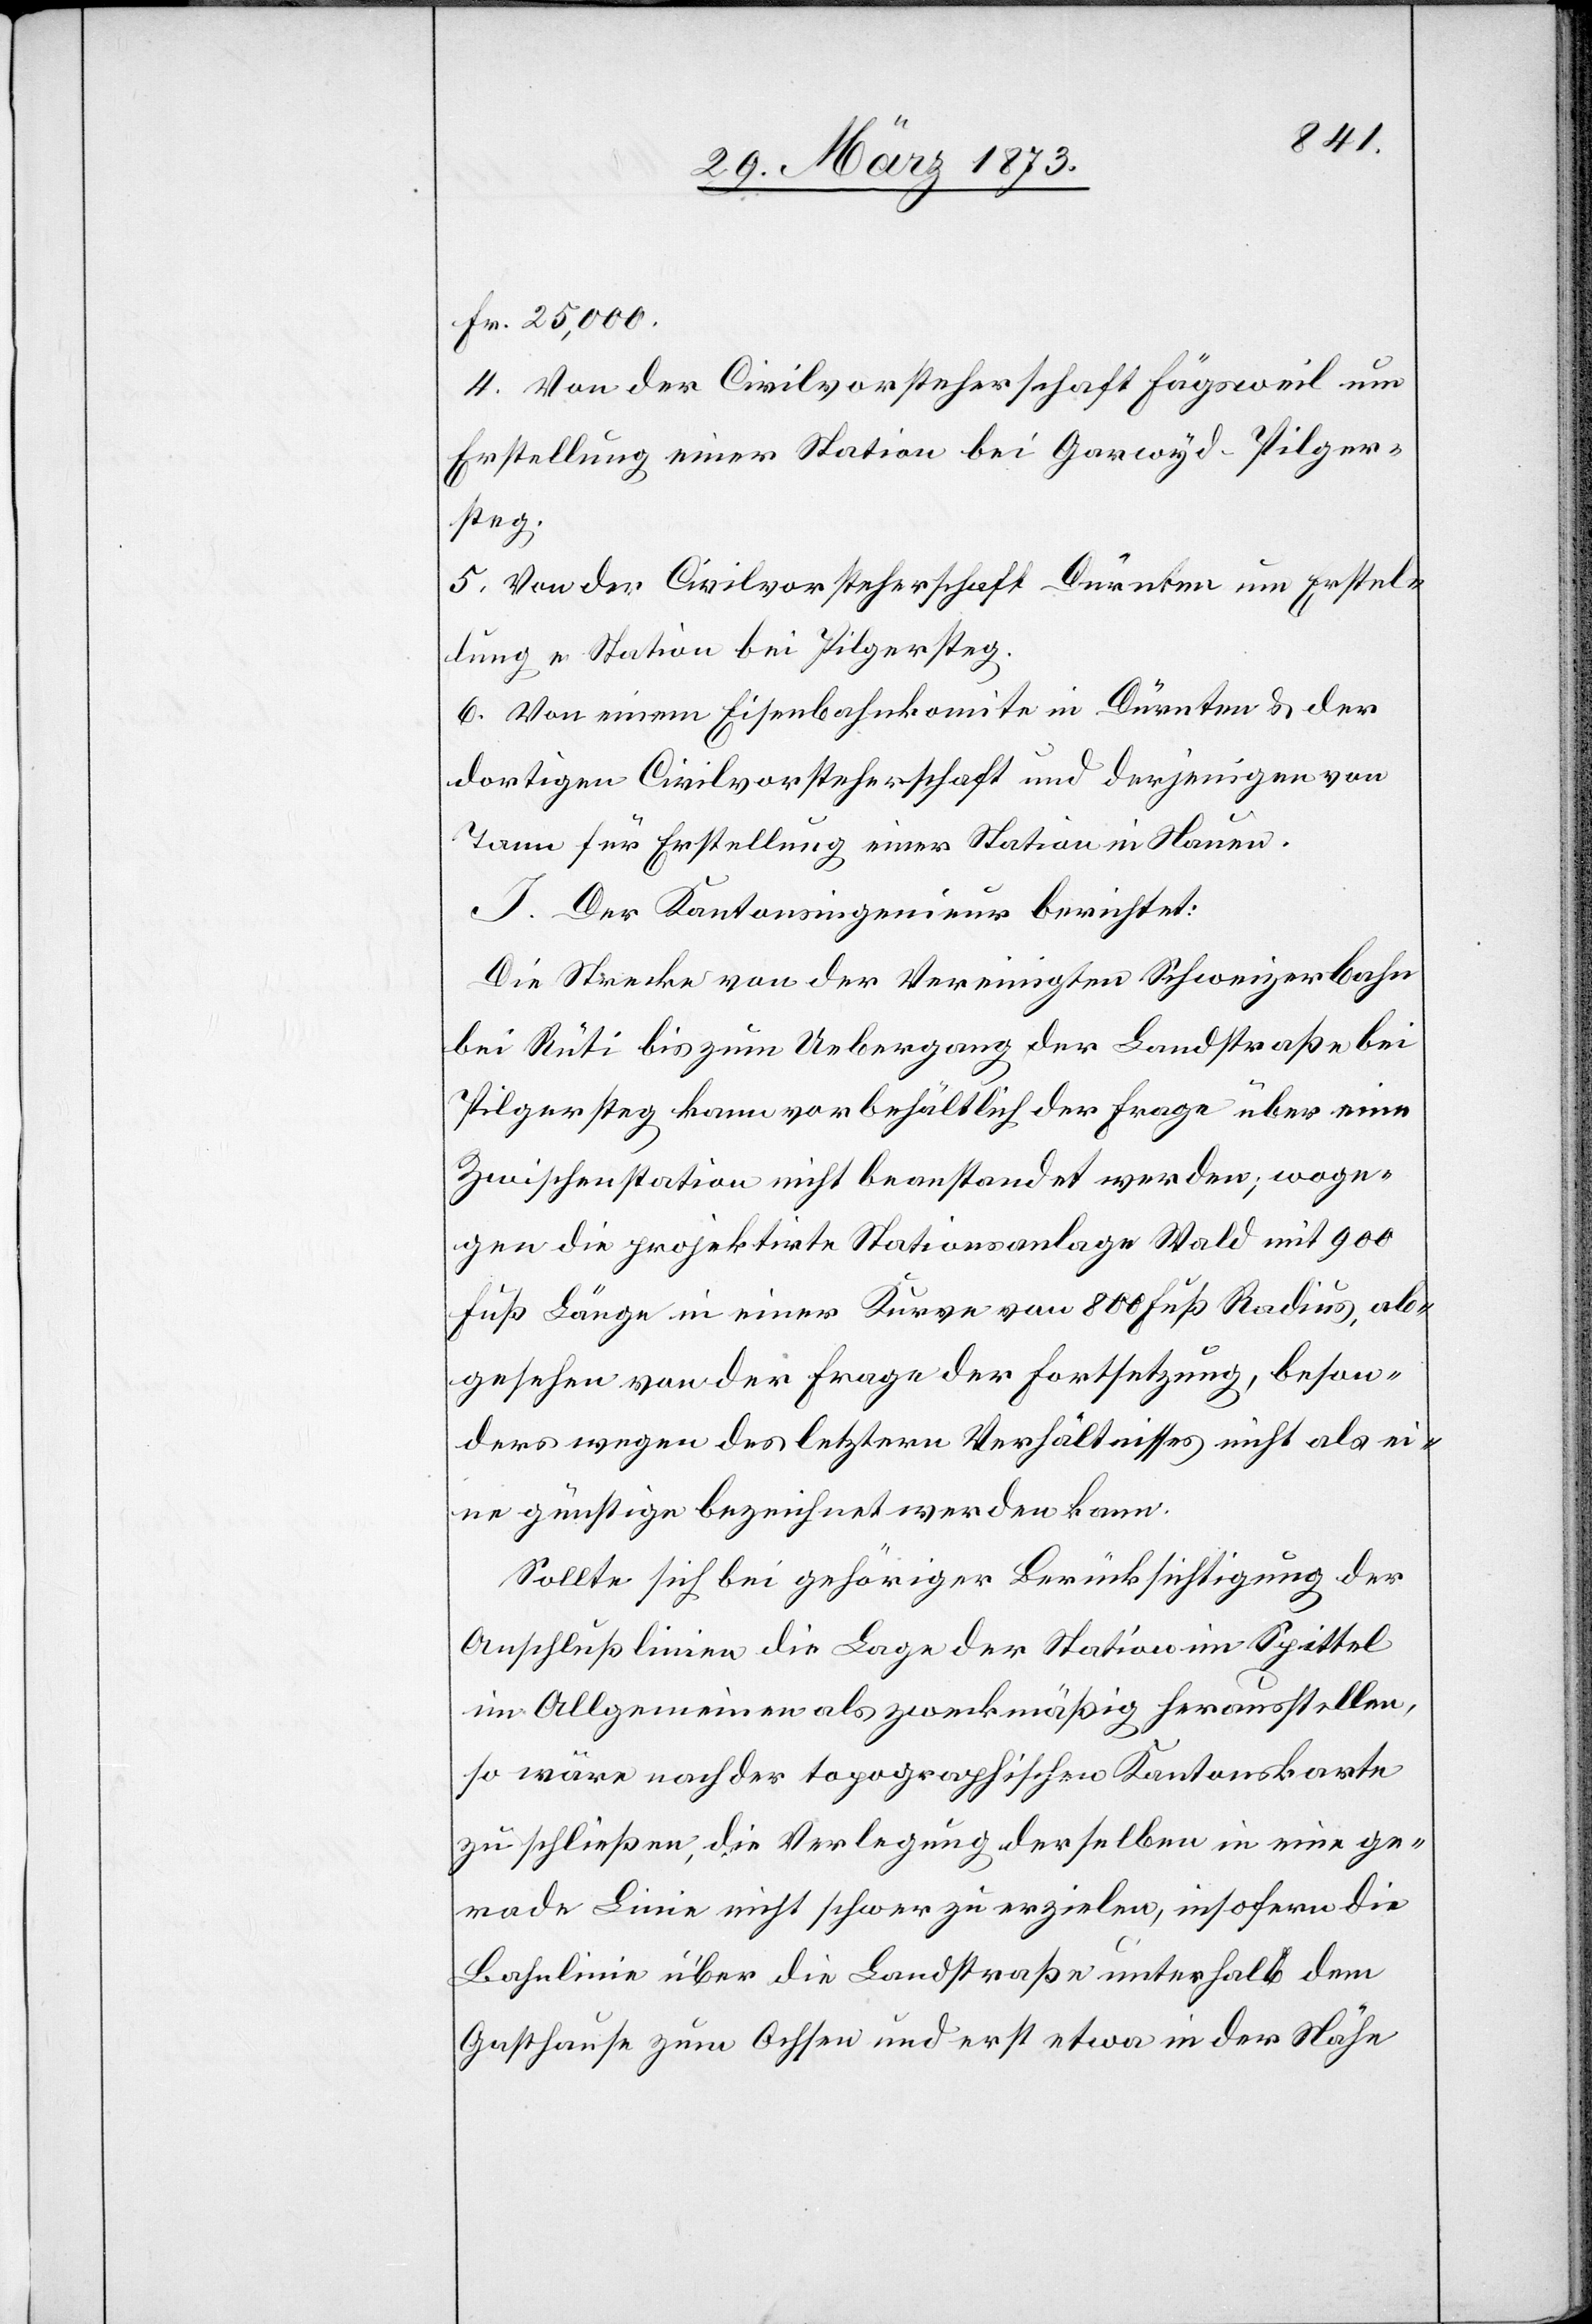
Fr. 25,000.
4. Von der Civilvorsteherschaft Fägsweil um
Erstellung einer Station bei Garwyd–Pilger¬
steg.
5. Von der Civilvorsteherschaft Dürnten um Erstel¬
lung e. Station bei Pilgersteg.
6. Von einem Eisenbahnkomite in Dürnten u. der
dortigen Civilvorsteherschaft und derjenigen von
Tann für Erstellung einer Station in Stauen.
I. Der Kantonsingenieur berichtet:
Die Strecke von der Vereinigten Schweizerbahn
bei Rüti bis zum Uebergang der Landstraße bei
Pilgersteg kann vorbehältlich der Frage über eine
Zwischenstation nicht beanstandet werden; woge¬
gen die projektirte Stationsanlage Wald mit 900
Fuß Länge in einer Kurve von 800 Fuß Radius, ab¬
gesehen von der Frage der Fortsetzung, beson¬
ders wegen des letztern Verhältnisses nicht als ei¬
ne günstige bezeichnet werden kann.
Sollte sich bei gehöriger Berücksichtigung der
Anschlußlinie die Lage der Station im Spittel
im Allgemeinen als zweckmäßig herausstellen,
so wäre nach der topographischen Kantonskarte
zu schließen, die Verlegung derselben in eine ge¬
rade Linie nicht schwer zu erzielen, insofern die
Bahnlinie über die Landstraße unterhalb dem
Gasthause zum Ochsen und erst etwa in der Nähe